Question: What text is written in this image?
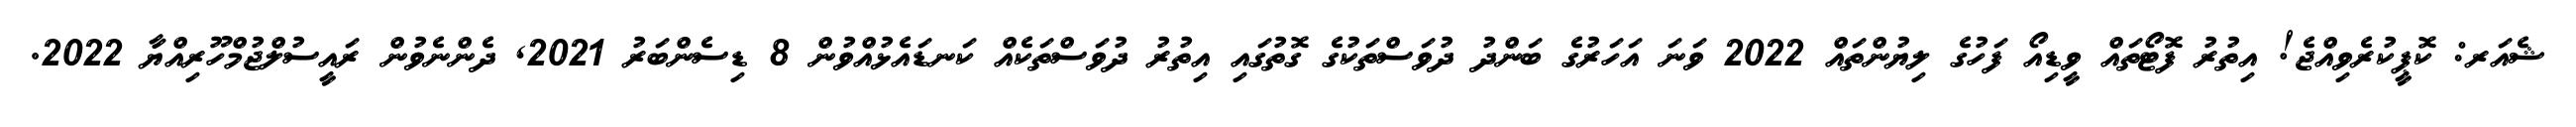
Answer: ޝެއަރ: ކޮޕީކުރެވިއްޖެ! އިތުރު ފޮޓޯތައް ވީޑިއޯ ފަހުގެ ލިޔުންތައް 2022 ވަނަ އަހަރުގެ ބަންދު ދުވަސްތަކުގެ ގޮތުގައި އިތުރު ދުވަސްތަކެއް ކަނޑައެޅުއްވުން 8 ޑިސެންބަރު 2021, ދެންނެވުން ރައީސުލްޖުމްހޫރިއްޔާ 2022.